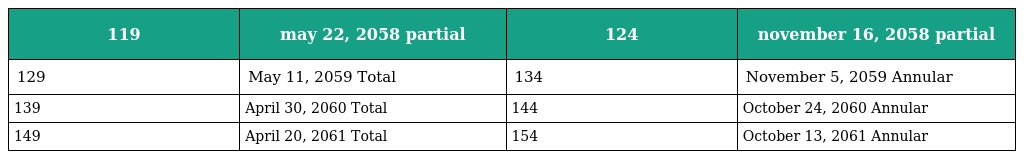
| 119 | may 22, 2058 partial | 124 | november 16, 2058 partial |
 | --- | --- | --- | --- |
 | 129 | May 11, 2059 Total | 134 | November 5, 2059 Annular |
 | 139 | April 30, 2060 Total | 144 | October 24, 2060 Annular |
 | 149 | April 20, 2061 Total | 154 | October 13, 2061 Annular |